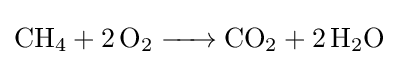
{\ce {CH4 + 2O2 -> CO2 + 2H2O}}